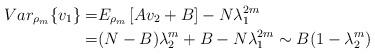
LaTeX: \begin{align*}Var_{\rho _{m}}\{v_{1}\}=& E_{\rho _{m}}\left[Av_2+B\right] -N\lambda_{1}^{2m} \\=&(N-B)\lambda_2^m+B-N\lambda_1^{2m}\sim B(1-\lambda_2^m)\end{align*}